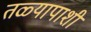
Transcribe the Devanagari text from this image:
तळ्यापाशी